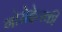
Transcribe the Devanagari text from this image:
गोरोदेत्स्की